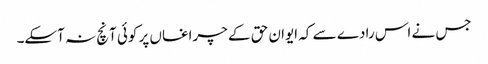
جس نے اس رادے سے کہ ایوان حق کے چراغاں پر کوئی آنچ نہ آسکے۔